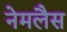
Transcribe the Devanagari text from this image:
नेमलैस